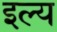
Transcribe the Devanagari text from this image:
इल्य